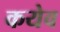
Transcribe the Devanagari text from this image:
कयेव